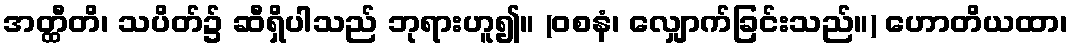
အတ္ထီတိ၊ သပိတ်၌ ဆီရှိပါသည် ဘုရားဟူ၍။ (ဝစနံ၊ လျှောက်ခြင်းသည်။) ဟောတိယထာ၊